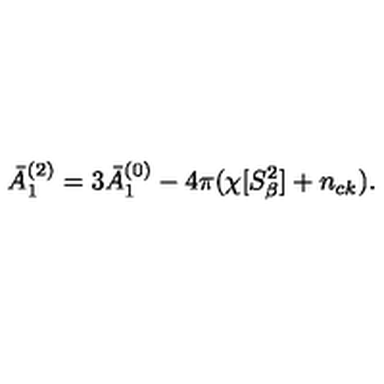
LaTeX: \bar { A } _ { 1 } ^ { ( 2 ) } = 3 \bar { A } _ { 1 } ^ { ( 0 ) } - 4 \pi ( \chi [ S _ { \beta } ^ { 2 } ] + n _ { c k } ) .